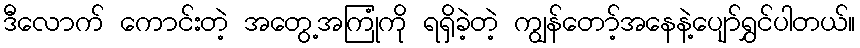
ဒီလောက် ကောင်းတဲ့ အတွေ့အကြုံကို ရရှိခဲ့တဲ့ ကျွန်တော့်အနေနဲ့ပျော်ရွှင်ပါတယ်။